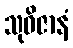
သုဝိဇာနံ